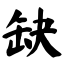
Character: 缺